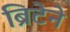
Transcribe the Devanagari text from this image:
ब्रिटेने